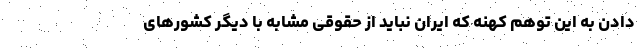
دادن به این توهم کهنه که ایران نباید از حقوقی مشابه با دیگر کشورهای